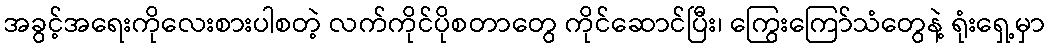
အခွင့်အရေးကိုလေးစားပါစတဲ့ လက်ကိုင်ပိုစတာတွေ ကိုင်ဆောင်ပြီး၊ ကြွေးကြော်သံတွေနဲ့ ရုံးရှေ့မှာ